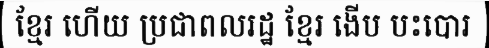
ខ្មែរ ហើយ ប្រជាពលរដ្ឋ ខ្មែរ ងើប បះបោរ